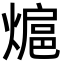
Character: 熩